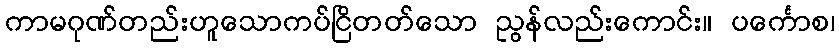
ကာမဂုဏ်တည်းဟူသောကပ်ငြိတတ်သော ညွန်လည်းကောင်း။ ပင်္ကောစ၊